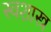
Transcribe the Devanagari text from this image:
स्वशास्त्र